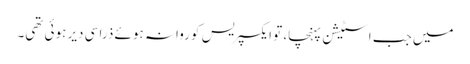
میں جب اسٹیشن پہنچا، تو ایکسپریس کو روانہ ہوئے ذرا سی دیر ہوئی تھی۔